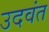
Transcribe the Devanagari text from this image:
उदवंत